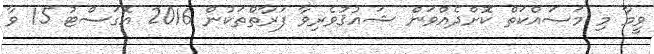
ވީމާ މި މަސައްކަތް ކޮށްދެއްވަން ޝައުޤުވެރިވާ ފަރާތްތަކުން 2016 އޮގަސްޓު 15 ވާ